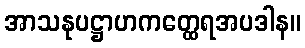
အာသနုပဋ္ဌာဟကတ္ထေရအပဒါန။